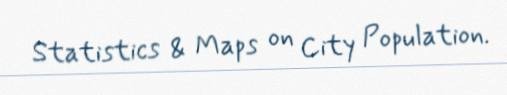
Statistics & Maps on City Population.